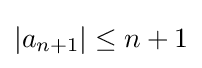
|a_{n+1}|\leq n+1